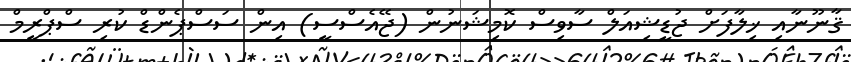
ޤާނޫނާއި ޚިލާފަށް ޖުޑީޝިއަލް ސާވިސް ކޮމިޝަނުން (ޖޭއެސްސީ) އިން ސަސްޕެންޑް ކުރި ސްޕްރީމް